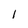
Character: l